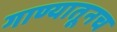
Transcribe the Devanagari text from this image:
गाण्यातूनच